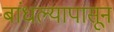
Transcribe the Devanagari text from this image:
बांधल्यापासून